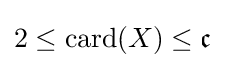
2\leq \mathrm {card} (X)\leq {\mathfrak {c}}